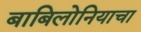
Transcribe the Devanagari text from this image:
बाबिलोनियाचा